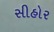
સીહોર